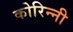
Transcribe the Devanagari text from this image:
कोरिन्नी